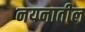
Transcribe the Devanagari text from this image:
नयनातील